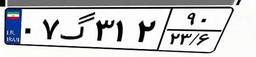
۰۷گ۳۱۲۹۰